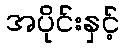
အပိုင်းနှင့်